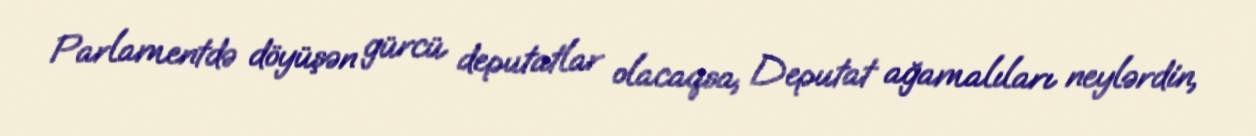
Parlamentdə döyüşən gürcü deputatlar olacaqsa, Deputat ağamalıları neylərdin,